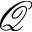
\mathcal { Q }